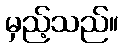
မှည့်သည်။